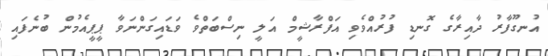
އުނގޫފާރު ދާއިރާގެ ގޮނޑި ފުރުއްވެވި އަފްރާޝީމް އަލީ ނިސްބަތްވެ ވަޑައިގަންނަވާ ޕީޕީއެމުން ބުނެފައި